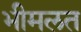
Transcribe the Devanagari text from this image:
भीमलत